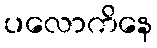
ပလောကိနေ